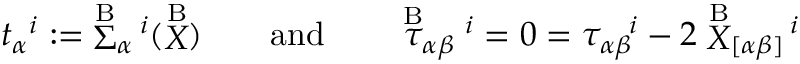
t _ { \alpha } { } ^ { i } : = \; \stackrel { \mathrm { B } } { \Sigma } _ { \alpha } { } ^ { \! i } ( \stackrel { \mathrm { B } } { X } ) \qquad \mathrm { a n d } \qquad \stackrel { \mathrm { B } } { \tau } _ { \alpha \beta } { } ^ { i } = 0 = { \tau } _ { \alpha \beta } { } ^ { \! i } - 2 \stackrel { \mathrm { B } } { X } _ { [ \alpha \beta ] } { } ^ { \! i }